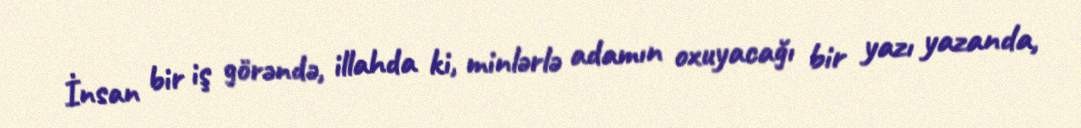
İnsan bir iş görəndə, illahda ki, minlərlə adamın oxuyacağı bir yazı yazanda,